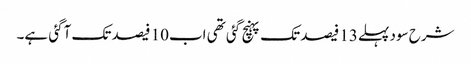
شرح سود پہلے13 فیصد تک پہنچ گئی تھی اب10 فیصد تک آگئی ہے۔